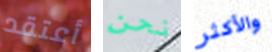
أعتقد نحن والأكثر